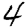
Digit: 4